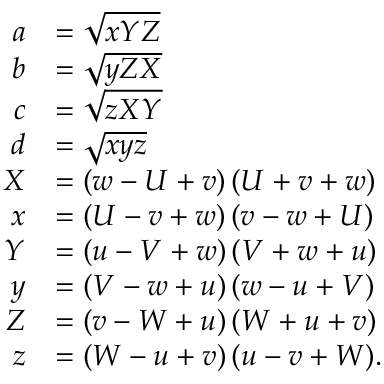
{ \begin{array} { r l } { a } & { = { \sqrt { x Y Z } } } \\ { b } & { = { \sqrt { y Z X } } } \\ { c } & { = { \sqrt { z X Y } } } \\ { d } & { = { \sqrt { x y z } } } \\ { X } & { = ( w - U + v ) \, ( U + v + w ) } \\ { x } & { = ( U - v + w ) \, ( v - w + U ) } \\ { Y } & { = ( u - V + w ) \, ( V + w + u ) } \\ { y } & { = ( V - w + u ) \, ( w - u + V ) } \\ { Z } & { = ( v - W + u ) \, ( W + u + v ) } \\ { z } & { = ( W - u + v ) \, ( u - v + W ) . } \end{array} }